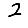
Digit: 2